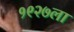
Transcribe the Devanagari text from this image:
१९२७ला